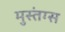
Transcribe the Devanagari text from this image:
मुस्तंग्स